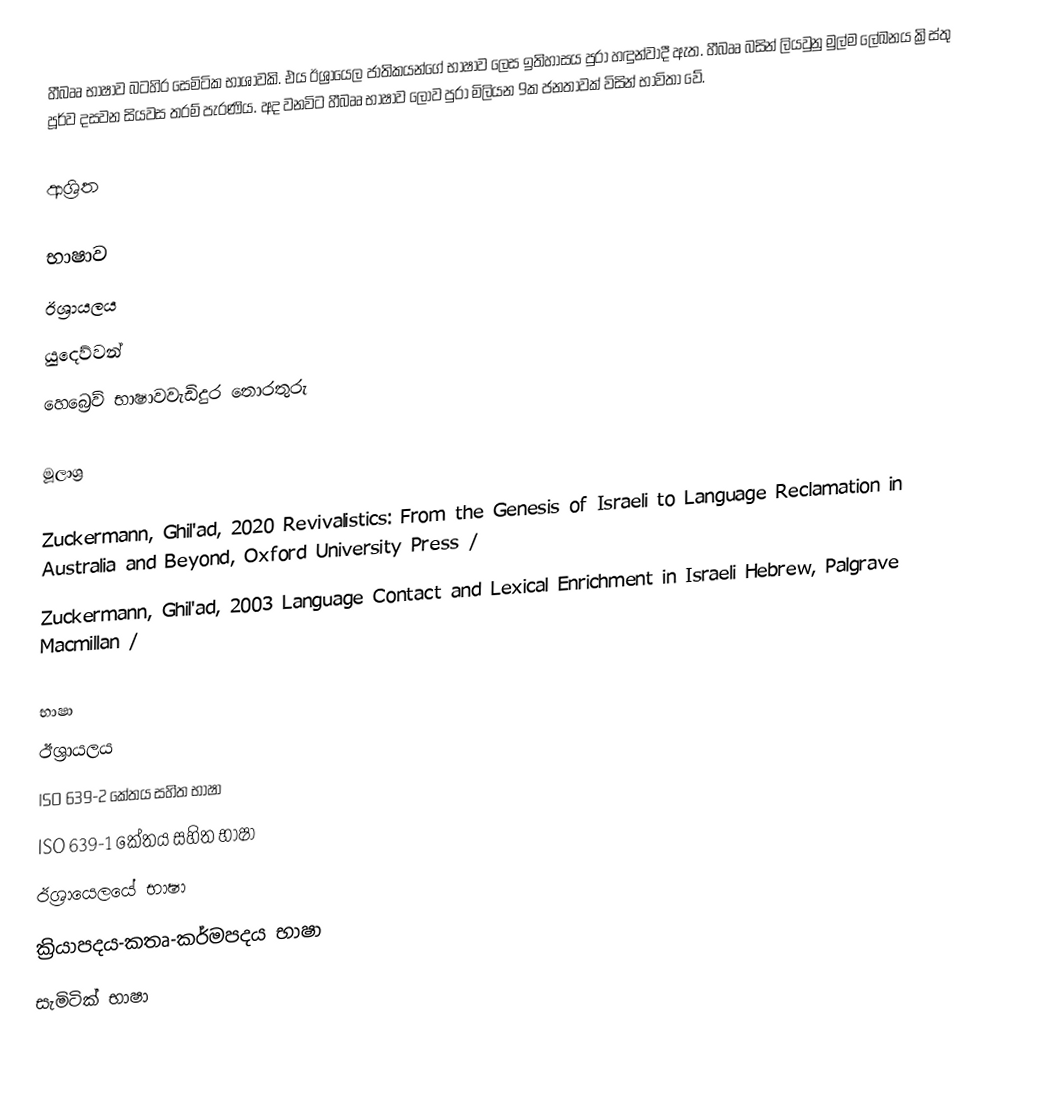
හීබෲ භාෂාව බටහිර සෙමිටික භාශාවකි. එය ඊශ්‍රායෙල ජාතිකයන්ගේ භාෂාව ලෙස ඉතිහාසය පුරා හඳුන්වාදී ඇත. හීබෲ බසින් ලියවුනු මුල්ම ලේඛනය ක්‍රිස්තු පූර්ව දසවන සියවස තරම් පැරණිය. අද වනවිට හීබෲ භාෂාව ලොව පුරා මිලියන 9ක ජනතාවක් විසින් භාවිතා වේ.

ආශ්‍රිත

භාෂාව
ඊශ්‍රායලය
යුදෙව්වන්
හෙබ්‍රෙව් භාෂාවවැඩිදුර තොරතුරු

මූලාශ්‍ර

 Zuckermann, Ghil'ad, 2020 Revivalistics: From the Genesis of Israeli to Language Reclamation in Australia and Beyond, Oxford University Press  /
 Zuckermann, Ghil'ad, 2003 Language Contact and Lexical Enrichment in Israeli Hebrew, Palgrave Macmillan  /

භාෂා
ඊශ්‍රායලය
ISO 639-2 කේතය සහිත භාෂා
ISO 639-1 කේතය සහිත භාෂා
ඊශ්‍රායෙලයේ භාෂා
ක්‍රියාපදය-කතෘ-කර්මපදය භාෂා
සැමිටික් භාෂා